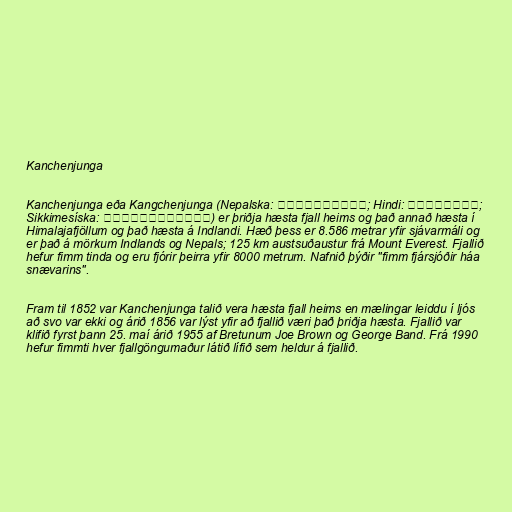
Kanchenjunga

Kanchenjunga eða Kangchenjunga (Nepalska: कञ्चनजङ्घा; Hindi: कंचनजंघा;
Sikkimesíska: ཁང་ཅེན་ཛོཾག་) er þriðja hæsta fjall heims og það annað hæsta í
Himalajafjöllum og það hæsta á Indlandi. Hæð þess er 8.586 metrar yfir sjávarmáli og
er það á mörkum Indlands og Nepals; 125 km austsuðaustur frá Mount Everest. Fjallið
hefur fimm tinda og eru fjórir þeirra yfir 8000 metrum. Nafnið þýðir "fimm fjársjóðir háa
snævarins".

Fram til 1852 var Kanchenjunga talið vera hæsta fjall heims en mælingar leiddu í ljós
að svo var ekki og árið 1856 var lýst yfir að fjallið væri það þriðja hæsta. Fjallið var
klifið fyrst þann 25. maí árið 1955 af Bretunum Joe Brown og George Band. Frá 1990
hefur fimmti hver fjallgöngumaður látið lífið sem heldur á fjallið.